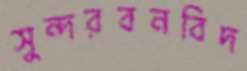
সুন্দরবনবিদ